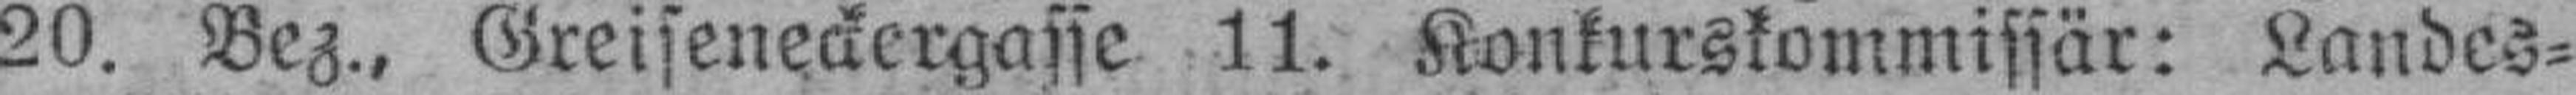
20. Bez., Greiseneckergasse 11. Konkurskommissär: Landes¬